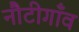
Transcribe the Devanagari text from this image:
नौटीगाँव